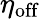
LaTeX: \eta_{\mathrm{off}}